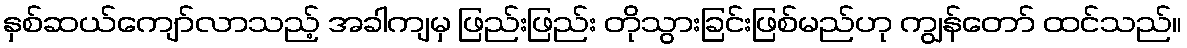
နှစ်ဆယ်ကျော်လာသည့် အခါကျမှ ဖြည်းဖြည်း တိုသွားခြင်းဖြစ်မည်ဟု ကျွန်တော် ထင်သည်။